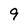
Character: 9